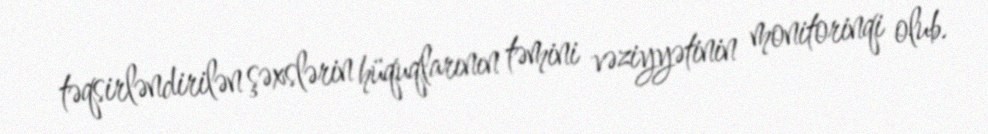
təqsirləndirilən şəxslərin hüquqlarının təmini vəziyyətinin monitorinqi olub.